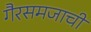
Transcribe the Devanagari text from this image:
गैरसमजाची